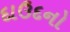
દાઉદનો